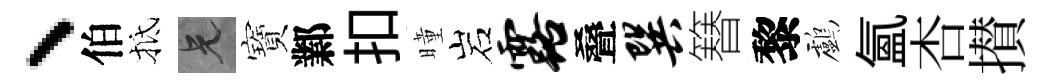
、伯抵兄寶鄴扣曈岩露叠巽簮黎鸕氲杏攅